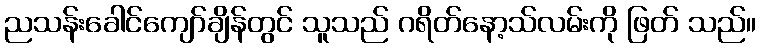
ညသန်းခေါင်ကျော်ချိန်တွင် သူသည် ဂရိတ်နော့သ်လမ်းကို ဖြတ် သည်။